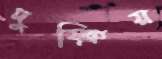
দুষ্ক্রিয়